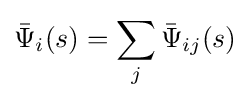
{\bar {\Psi }}_{i}(s)=\sum _{j}{\bar {\Psi }}_{ij}(s)